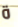
ة